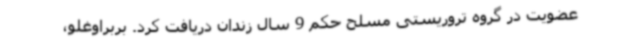
عضویت در گروه تروریستی مسلح حکم 9 سال زندان دریافت کرد. بربراوغلو،